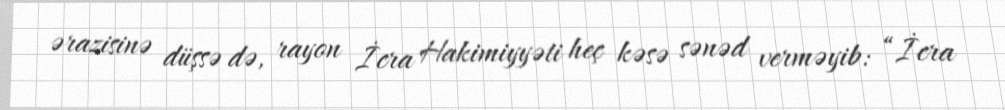
ərazisinə düşsə də, rayon İcra Hakimiyyəti heç kəsə sənəd verməyib: “İcra